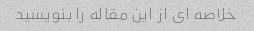
خلاصه ای از این مقاله را بنویسید